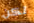
لكن